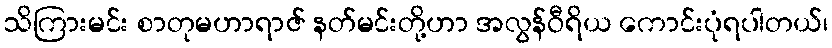
သိကြားမင်း စာတုမဟာရာဇ် နတ်မင်းတို့ဟာ အလွန်ဝီရိယ ကောင်းပုံရပါတယ်၊